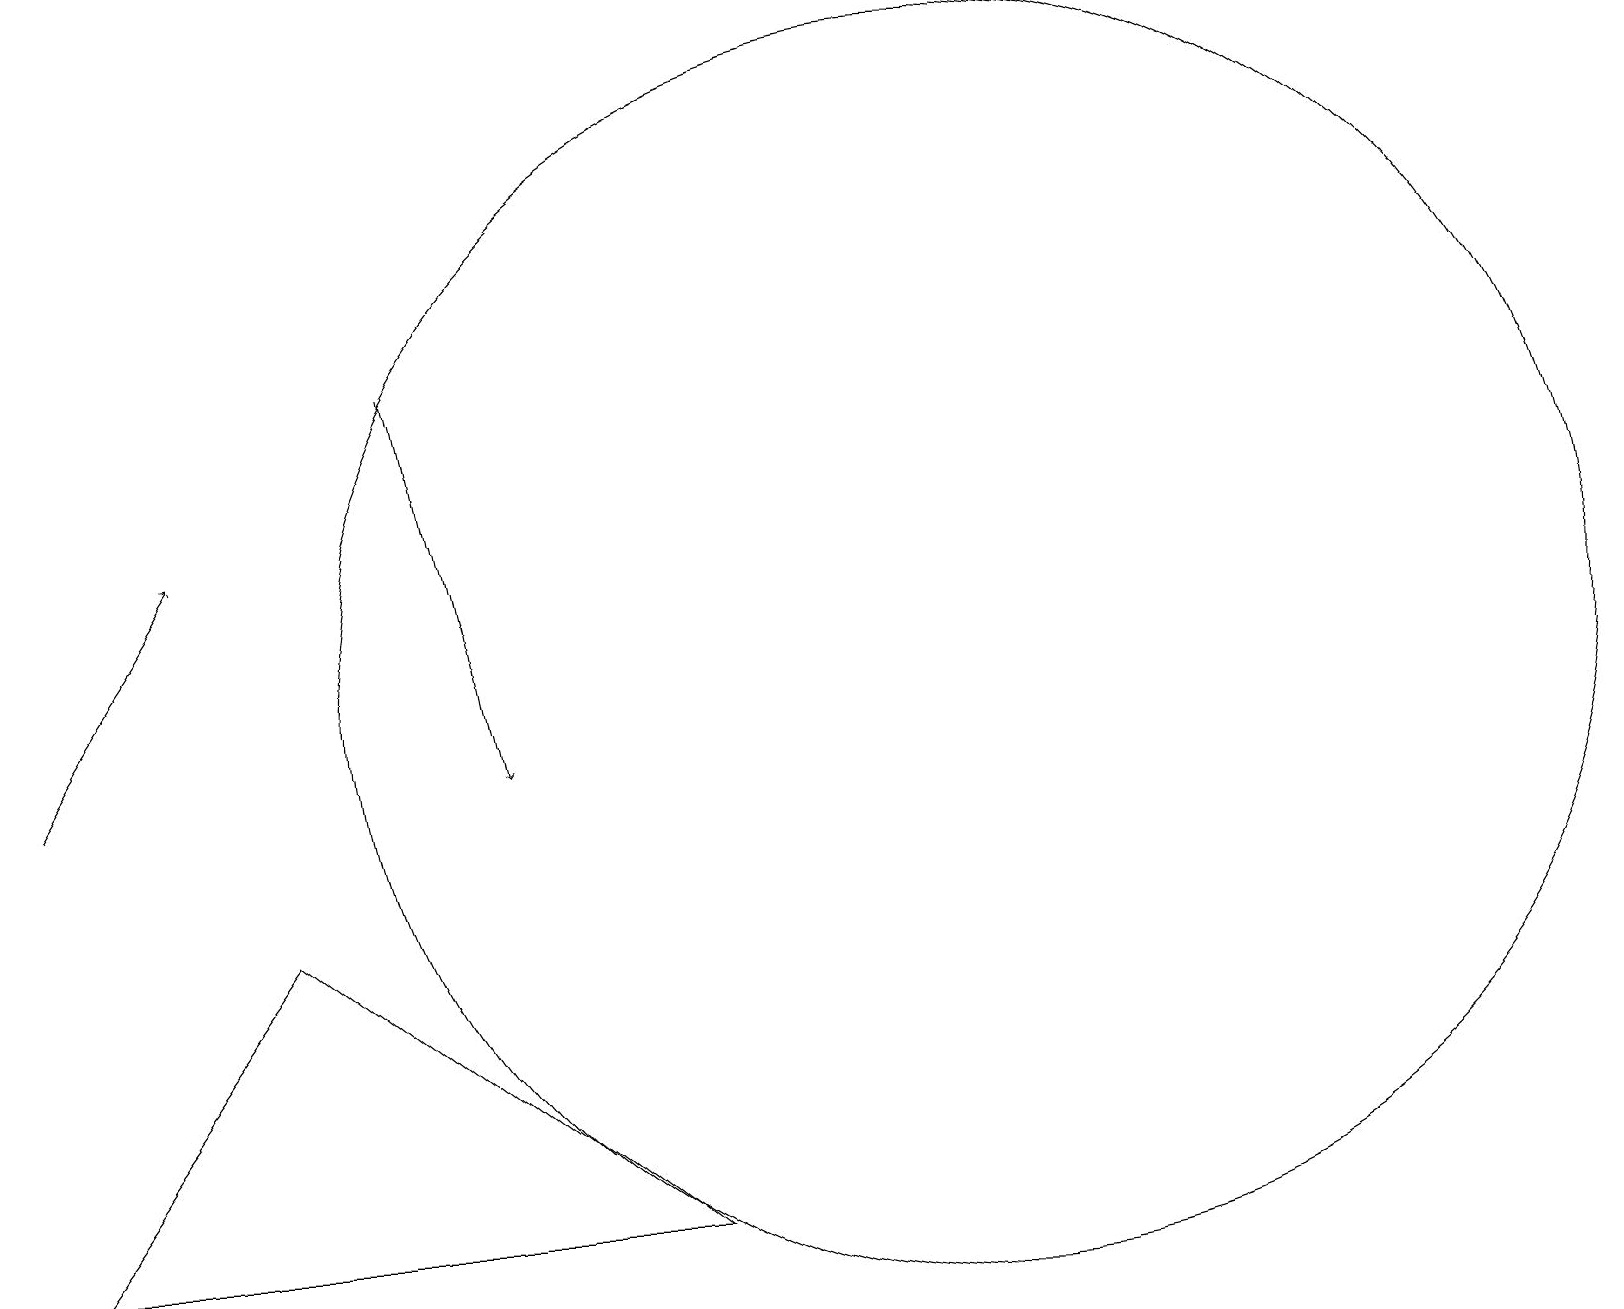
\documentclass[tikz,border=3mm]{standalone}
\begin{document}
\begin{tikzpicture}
\draw (3,8) -- (8,4) -- (0,4) -- cycle;
\draw[->] (0,10) -- (2,13);
\draw[->] (5,15) -- (6,10);
\draw (12,11) circle (8);
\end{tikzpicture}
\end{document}